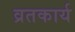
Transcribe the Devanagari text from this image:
व्रतकार्य